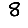
Digit: 8